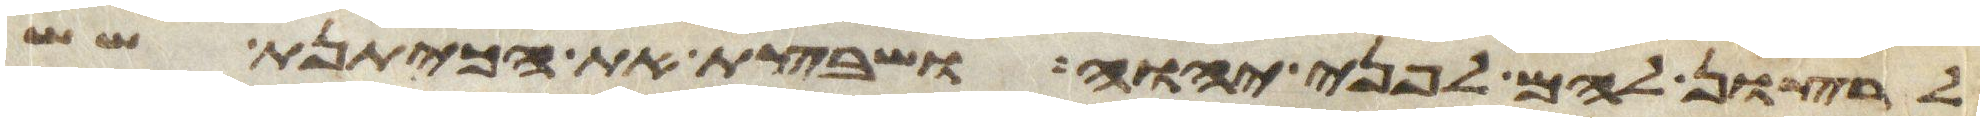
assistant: לרצון להם לפני יהוה ושבצת את הכיתנת שש